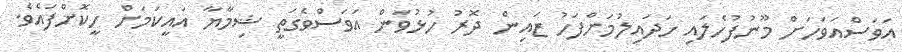
އަވަސްއަވަހަށް މޫނުފުހެލައި ހަދައިލުމަށްފަހު ޒައިން ދޮރު ހުޅުވަން އަވަސްވެގަތީ ޝިމާޔާ އައީކަމަށް ހީކޮށްފައެވެ.